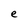
Character: e